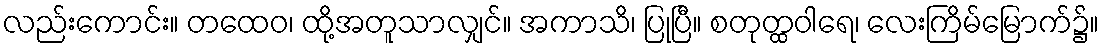
လည်းကောင်း။ တထေဝ၊ ထို့အတူသာလျှင်။ အကာသိ၊ ပြုပြီ။ စတုတ္ထဝါရေ၊ လေးကြိမ်မြောက်၌။